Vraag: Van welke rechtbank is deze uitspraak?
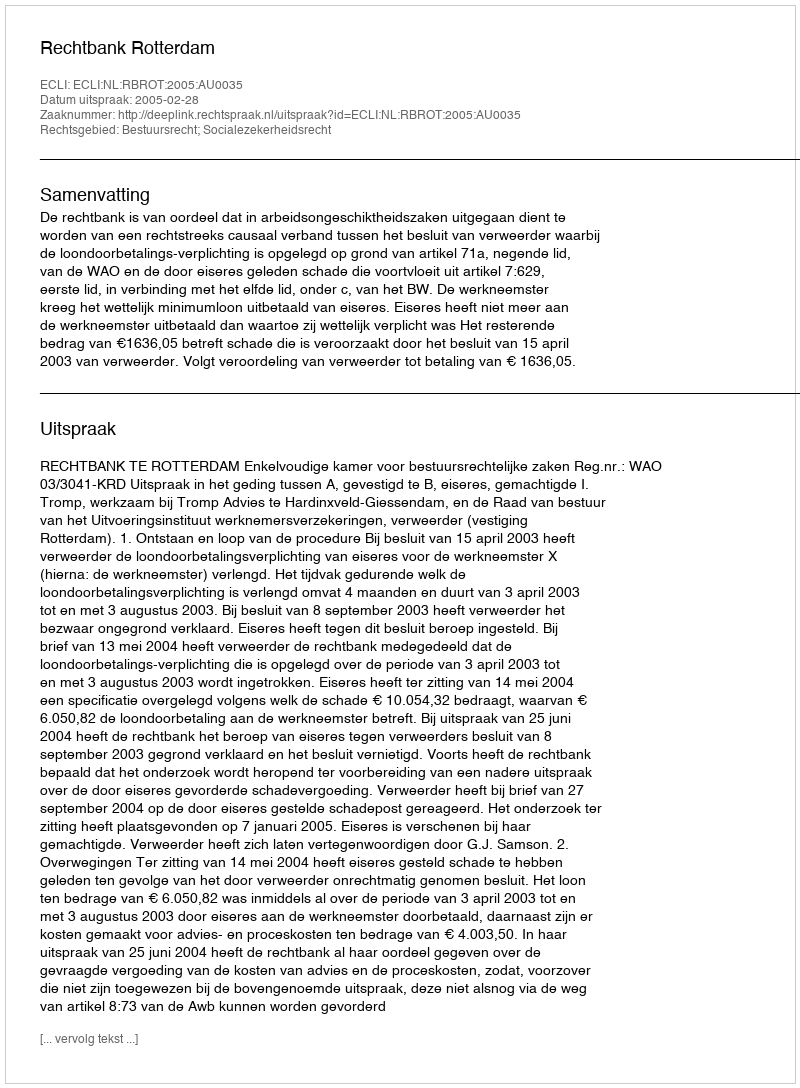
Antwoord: Rechtbank Rotterdam